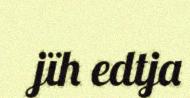
jïh edtja